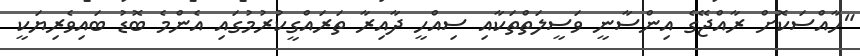
"ހާއްސަކޮށް ރާއްޖޭގެ އިންސާނީ ވަސީލަތްތަކާއި ސިއްހީ ދާއިރާ ތަރައްގީކުރުމުގައި އެންމެ ބޮޑު ބައިވެރިޔަކީ